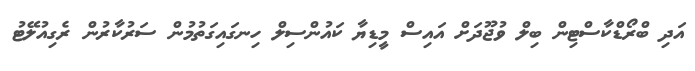
އަދި ބްރޯޑްކާސްޓިން ބިލް ވުޖޫދަށް އައިސް މީޑިޔާ ކައުންސިލް ހިނގައިގަތުމުން ސަރުކާރުން ރެގިއުލޭޓު